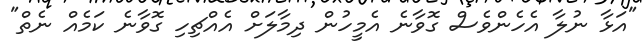
"އަޅާ ނުލާ އެހެންވެސް ގޮވާނެ އެމީހުން ދިމާލަށް އެއްޗިހި ގޮވާނެ ކަމެއް ނެތް"